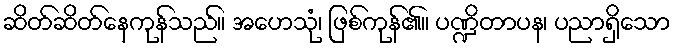
ဆိတ်ဆိတ်နေကုန်သည်။ အဟေသုံ၊ ဖြစ်ကုန်၏။ ပဏ္ဍိတာပန၊ ပညာရှိသော